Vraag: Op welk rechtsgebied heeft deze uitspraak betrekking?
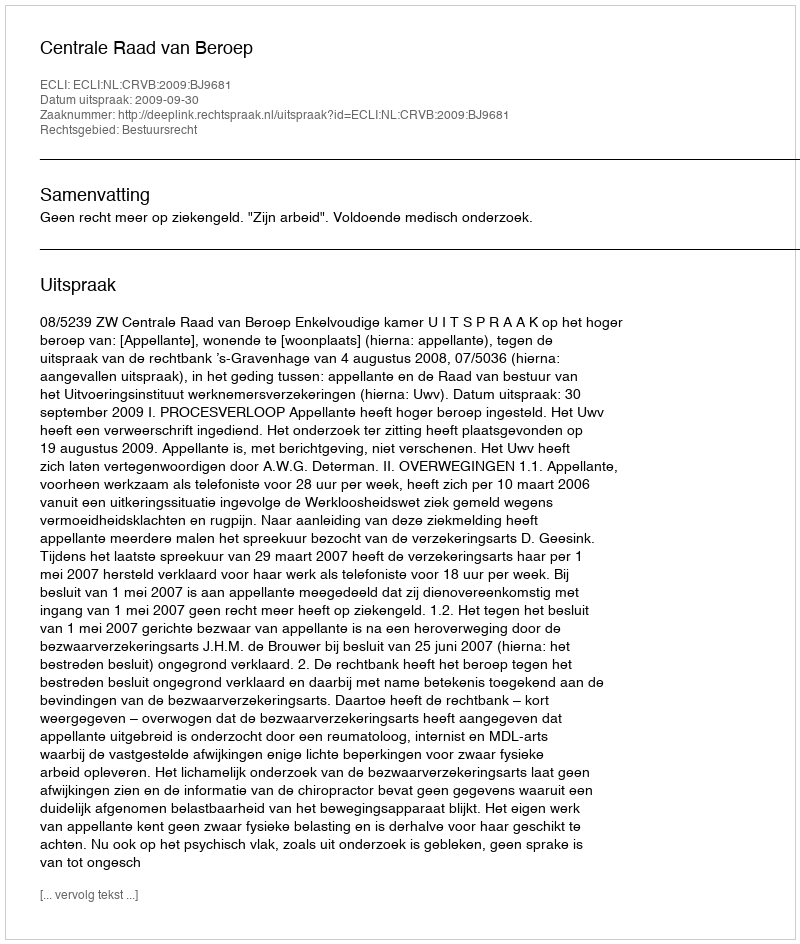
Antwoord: Bestuursrecht